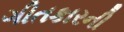
ગીતકારની